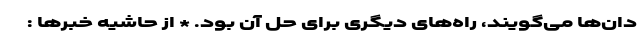
دان‌ها می‌گویند، راه‌های دیگری برای حل آن بود. * از حاشیه خبرها :